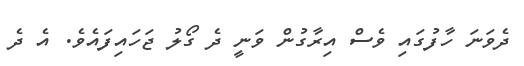
ދެވަނަ ހާފުގައި ވެސް އިރާގުން ވަނީ ދެ ގޯލު ޖަހައިފައެވެ. އެ ދެ